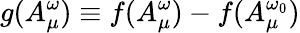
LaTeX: g(A_{\mu}^{\omega})\equiv f(A_{\mu}^{\omega})-f(A_{\mu}^{\omega_{0}})